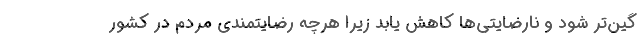
گین‌تر شود و نارضایتی‌ها کاهش یابد زیرا هرچه رضایتمندی مردم در کشور